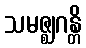
သမဇ္ဈဂန္တိ